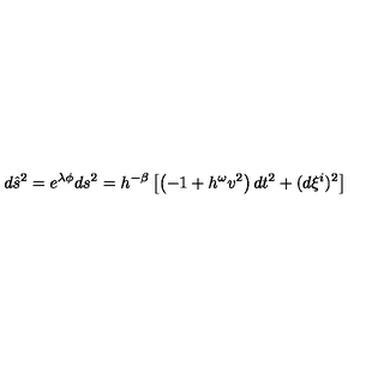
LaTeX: d \hat { s } ^ { 2 } = e ^ { \lambda \phi } d s ^ { 2 } = h ^ { - \beta } \left[ \left( - 1 + h ^ { \omega } v ^ { 2 } \right) d t ^ { 2 } + ( d \xi ^ { i } ) ^ { 2 } \right]